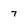
Character: 7